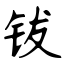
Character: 钹